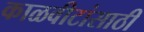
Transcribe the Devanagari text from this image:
काळवीटांसाठी